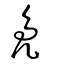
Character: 鳧